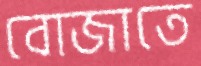
বোজাতে